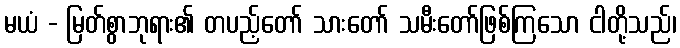
မယံ - မြတ်စွာဘုရား၏ တပည့်တော် သားတော် သမီးတော်ဖြစ်ကြသော ငါတို့သည်၊